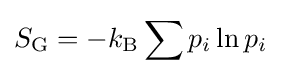
S_{\mathrm {G} }=-k_{\mathrm {B} }\sum p_{i}\ln p_{i}